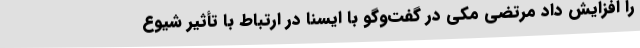
را افزایش داد مرتضی مکی در گفت‌وگو با ایسنا در ارتباط با تأثیر شیوع